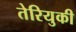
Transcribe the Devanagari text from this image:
तेरियुकी